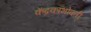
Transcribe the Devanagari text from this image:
केंद्रकाभोवती